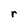
Character: r